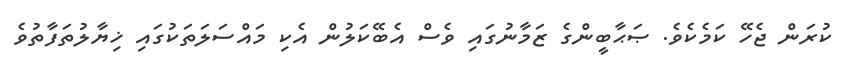
ކުރަން ޖެހޭ ކަމެކެވެ. ޞަޙާބީންގެ ޒަމާނުގައި ވެސް އެބޭކަލުން އެކި މައްސަލަތަކުގައި ޚިޔާލުތަފާތުވެ